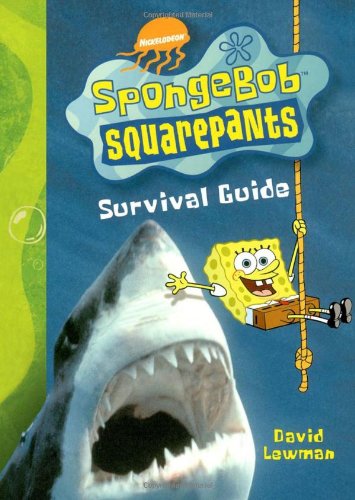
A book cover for SpongeBob SquarePants Survival Guide; David Lewman; Children's Books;